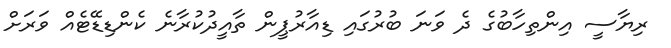
ރިޔާސީ އިންތިހާބުގެ ދެ ވަނަ ބުރުގައި ޑިއާރުޕީން ތާއީދުކުރާނެ ކެންޑިޑޭޓެއް ވަރަށް